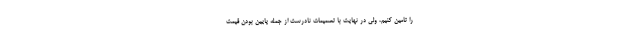
را تامین کنیم، ولی در نهایت با تصمیمات نادرست از جمله پایین بودن قیمت